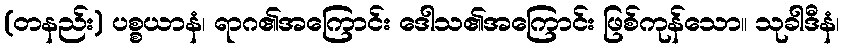
(တနည်း) ပစ္စယာနံ၊ ရာဂ၏အကြောင်း ဒေါသ၏အကြောင်း ဖြစ်ကုန်သော။ သုခါဒီနံ၊